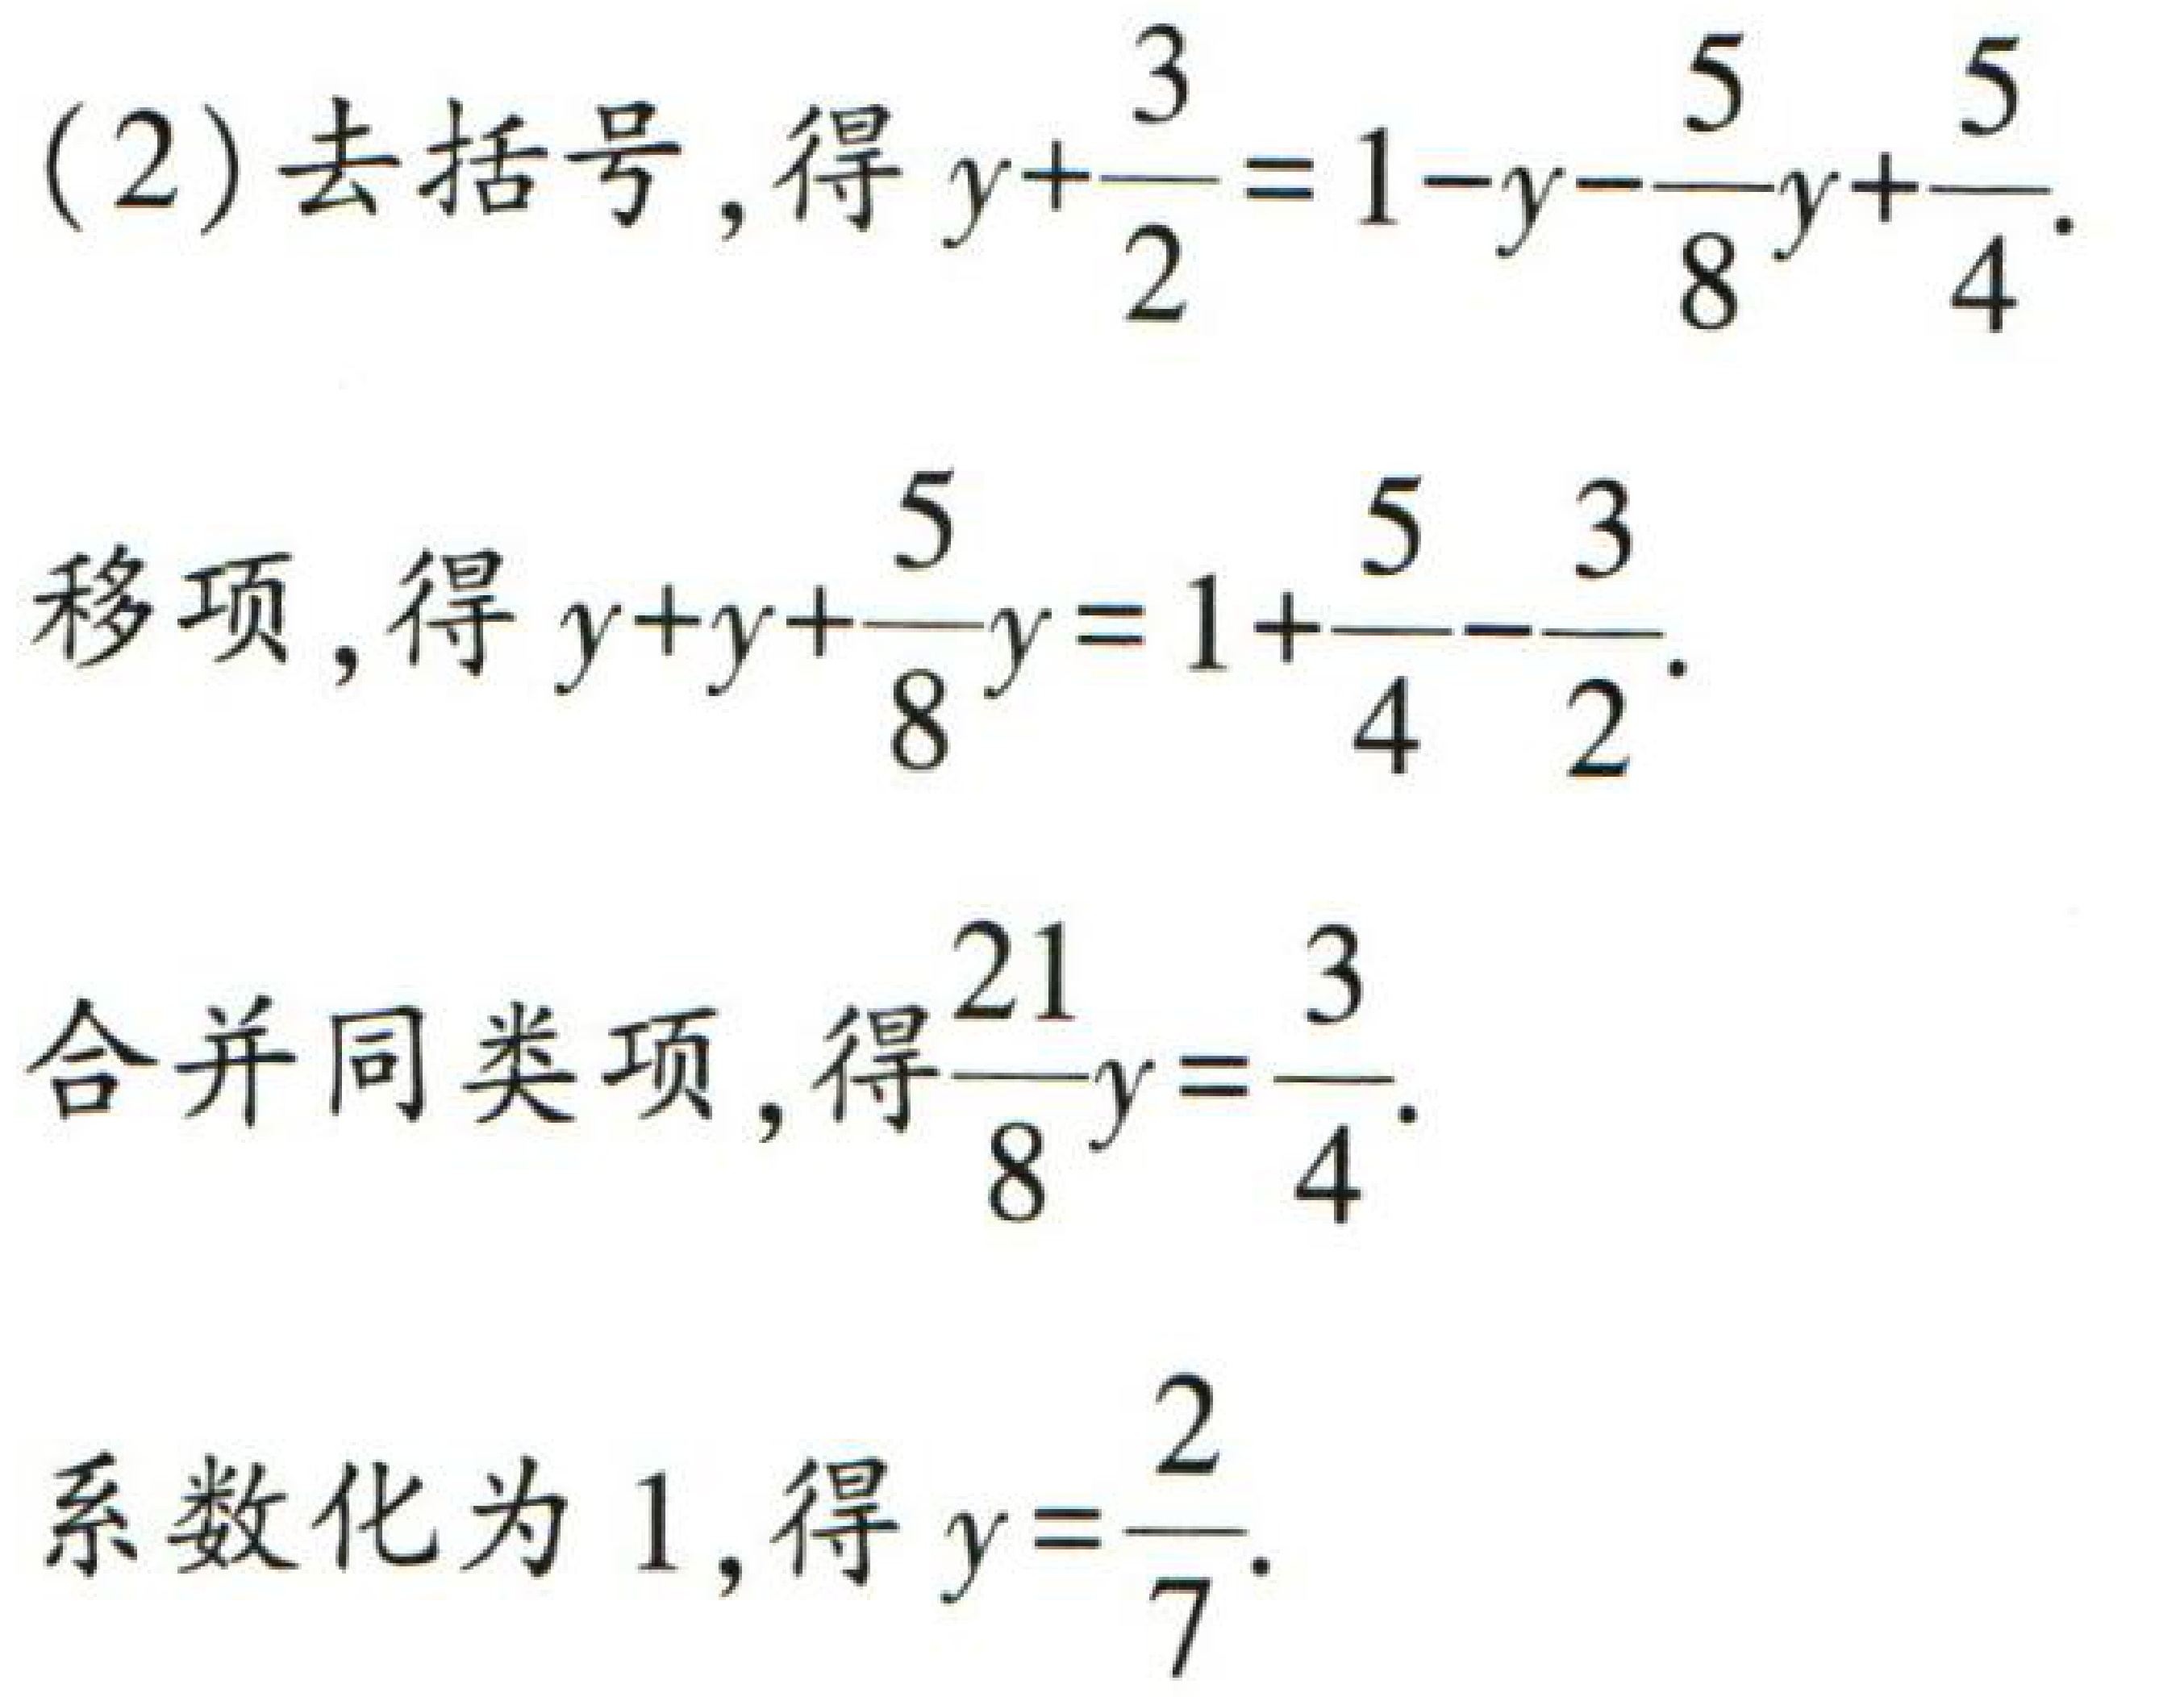
(2) 去括号，得 \(y + \frac{3}{2} = 1 - y - \frac{5}{8}y+\frac{5}{4}\).

移项，得 \(y + y+\frac{5}{8}y = 1+\frac{5}{4}-\frac{3}{2}\).

合并同类项，得\(\frac{21}{8}y=\frac{3}{4}\).

系数化为 1，得 \(y = \frac{2}{7}\).